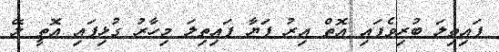
ފައިތިލަ ބުރިވެފައި އޮތް އިރު ފަޔާ ފައިތިލަ މިހާރު ގުޅިފައި އޮތީ ލޭ